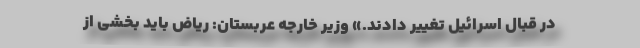
در قبال اسرائیل تغییر دادند.» وزیر خارجه عربستان: ریاض باید بخشی از